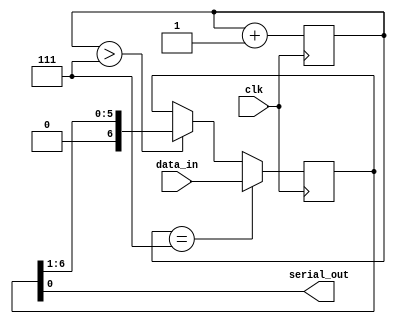

module parallel_to_serial_7
(
	input clk, 
	input[6:0] data_in,
	output  serial_out
    );
	reg[6:0] counter;
	reg[6:0] data;
	
	always @(posedge clk)
	begin
	counter<=counter+1;
		if (counter ==7)begin
		data<=data_in;
		end
		else if (counter > 7 )begin
		
			data<={1'b0,data[6:1]};
		
			end
			
			end
			assign serial_out=data[0];
endmodule